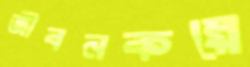
জীবনকল্পে